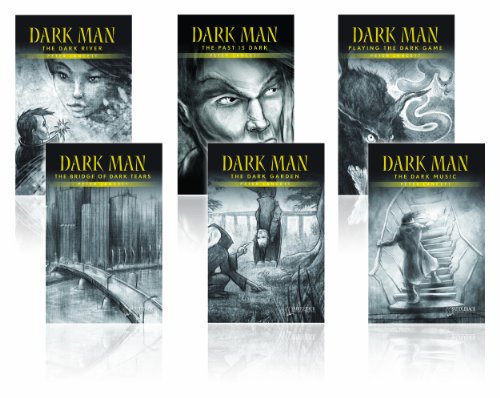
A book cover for Dark Man Sample (Yellow Series) (Dark Man Series); Peter Lancett; Teen & Young Adult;